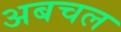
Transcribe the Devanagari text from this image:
अबचल